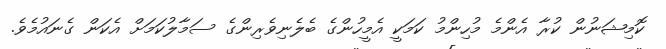
ކޮމިޝަނުން ކުރާ އެންމެ މުހިންމު ކަމަކީ އެމީހުންގެ ބެލެނިވެރިންގެ ސަމާލުކަމަށް އެކަން ގެނައުމެވެ.